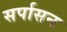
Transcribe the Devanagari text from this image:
सर्पासन